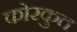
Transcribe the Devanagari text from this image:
कोरकुत